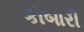
કોબારી